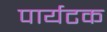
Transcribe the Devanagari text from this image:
पार्यटक